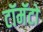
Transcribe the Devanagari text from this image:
टॉमॅटो